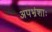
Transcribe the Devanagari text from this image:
अपभ्रंशाः